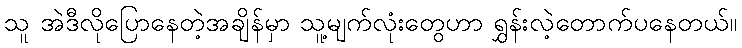
သူ အဲဒီလိုပြောနေတဲ့အချိန်မှာ သူ့မျက်လုံးတွေဟာ ရွှန်းလဲ့တောက်ပနေတယ်။